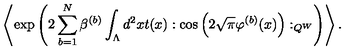
\left\langle \exp \left( 2 \sum _ { b = 1 } ^ { N } \beta ^ { ( b ) } \int _ { \Lambda } d ^ { 2 } x t ( x ) : \cos \left( 2 \sqrt { \pi } \varphi ^ { ( b ) } ( x ) \right) : _ { Q ^ { W } } \right) \right\rangle .